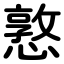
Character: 憝